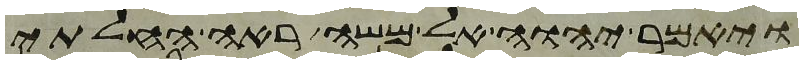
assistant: ויאמר יהוה אל משה ראה החלתי